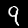
Label: 9